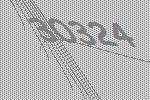
30324